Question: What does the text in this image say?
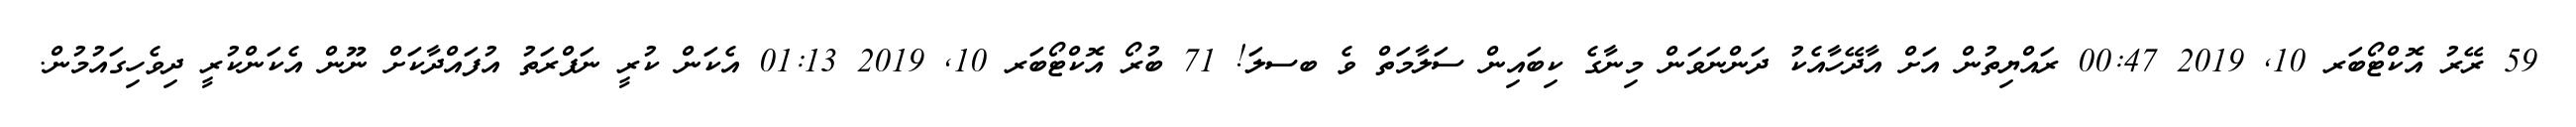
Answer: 59 ރޭރު އޮކްޓޯބަރ 10, 2019 00:47 ރައްޔިތުން އަށް އާދޭހާއެކު ދަންނަވަން މިނާގެ ކިބައިން ސަލާމަތް ވެ ބސލަ! 71 ބުރޯ އޮކްޓޯބަރ 10, 2019 01:13 އެކަން ކުރީ ނަފްރަތު އުފައްދާކަށް ނޫން އެކަންކުރީ ދިވެހިގައުމުން.